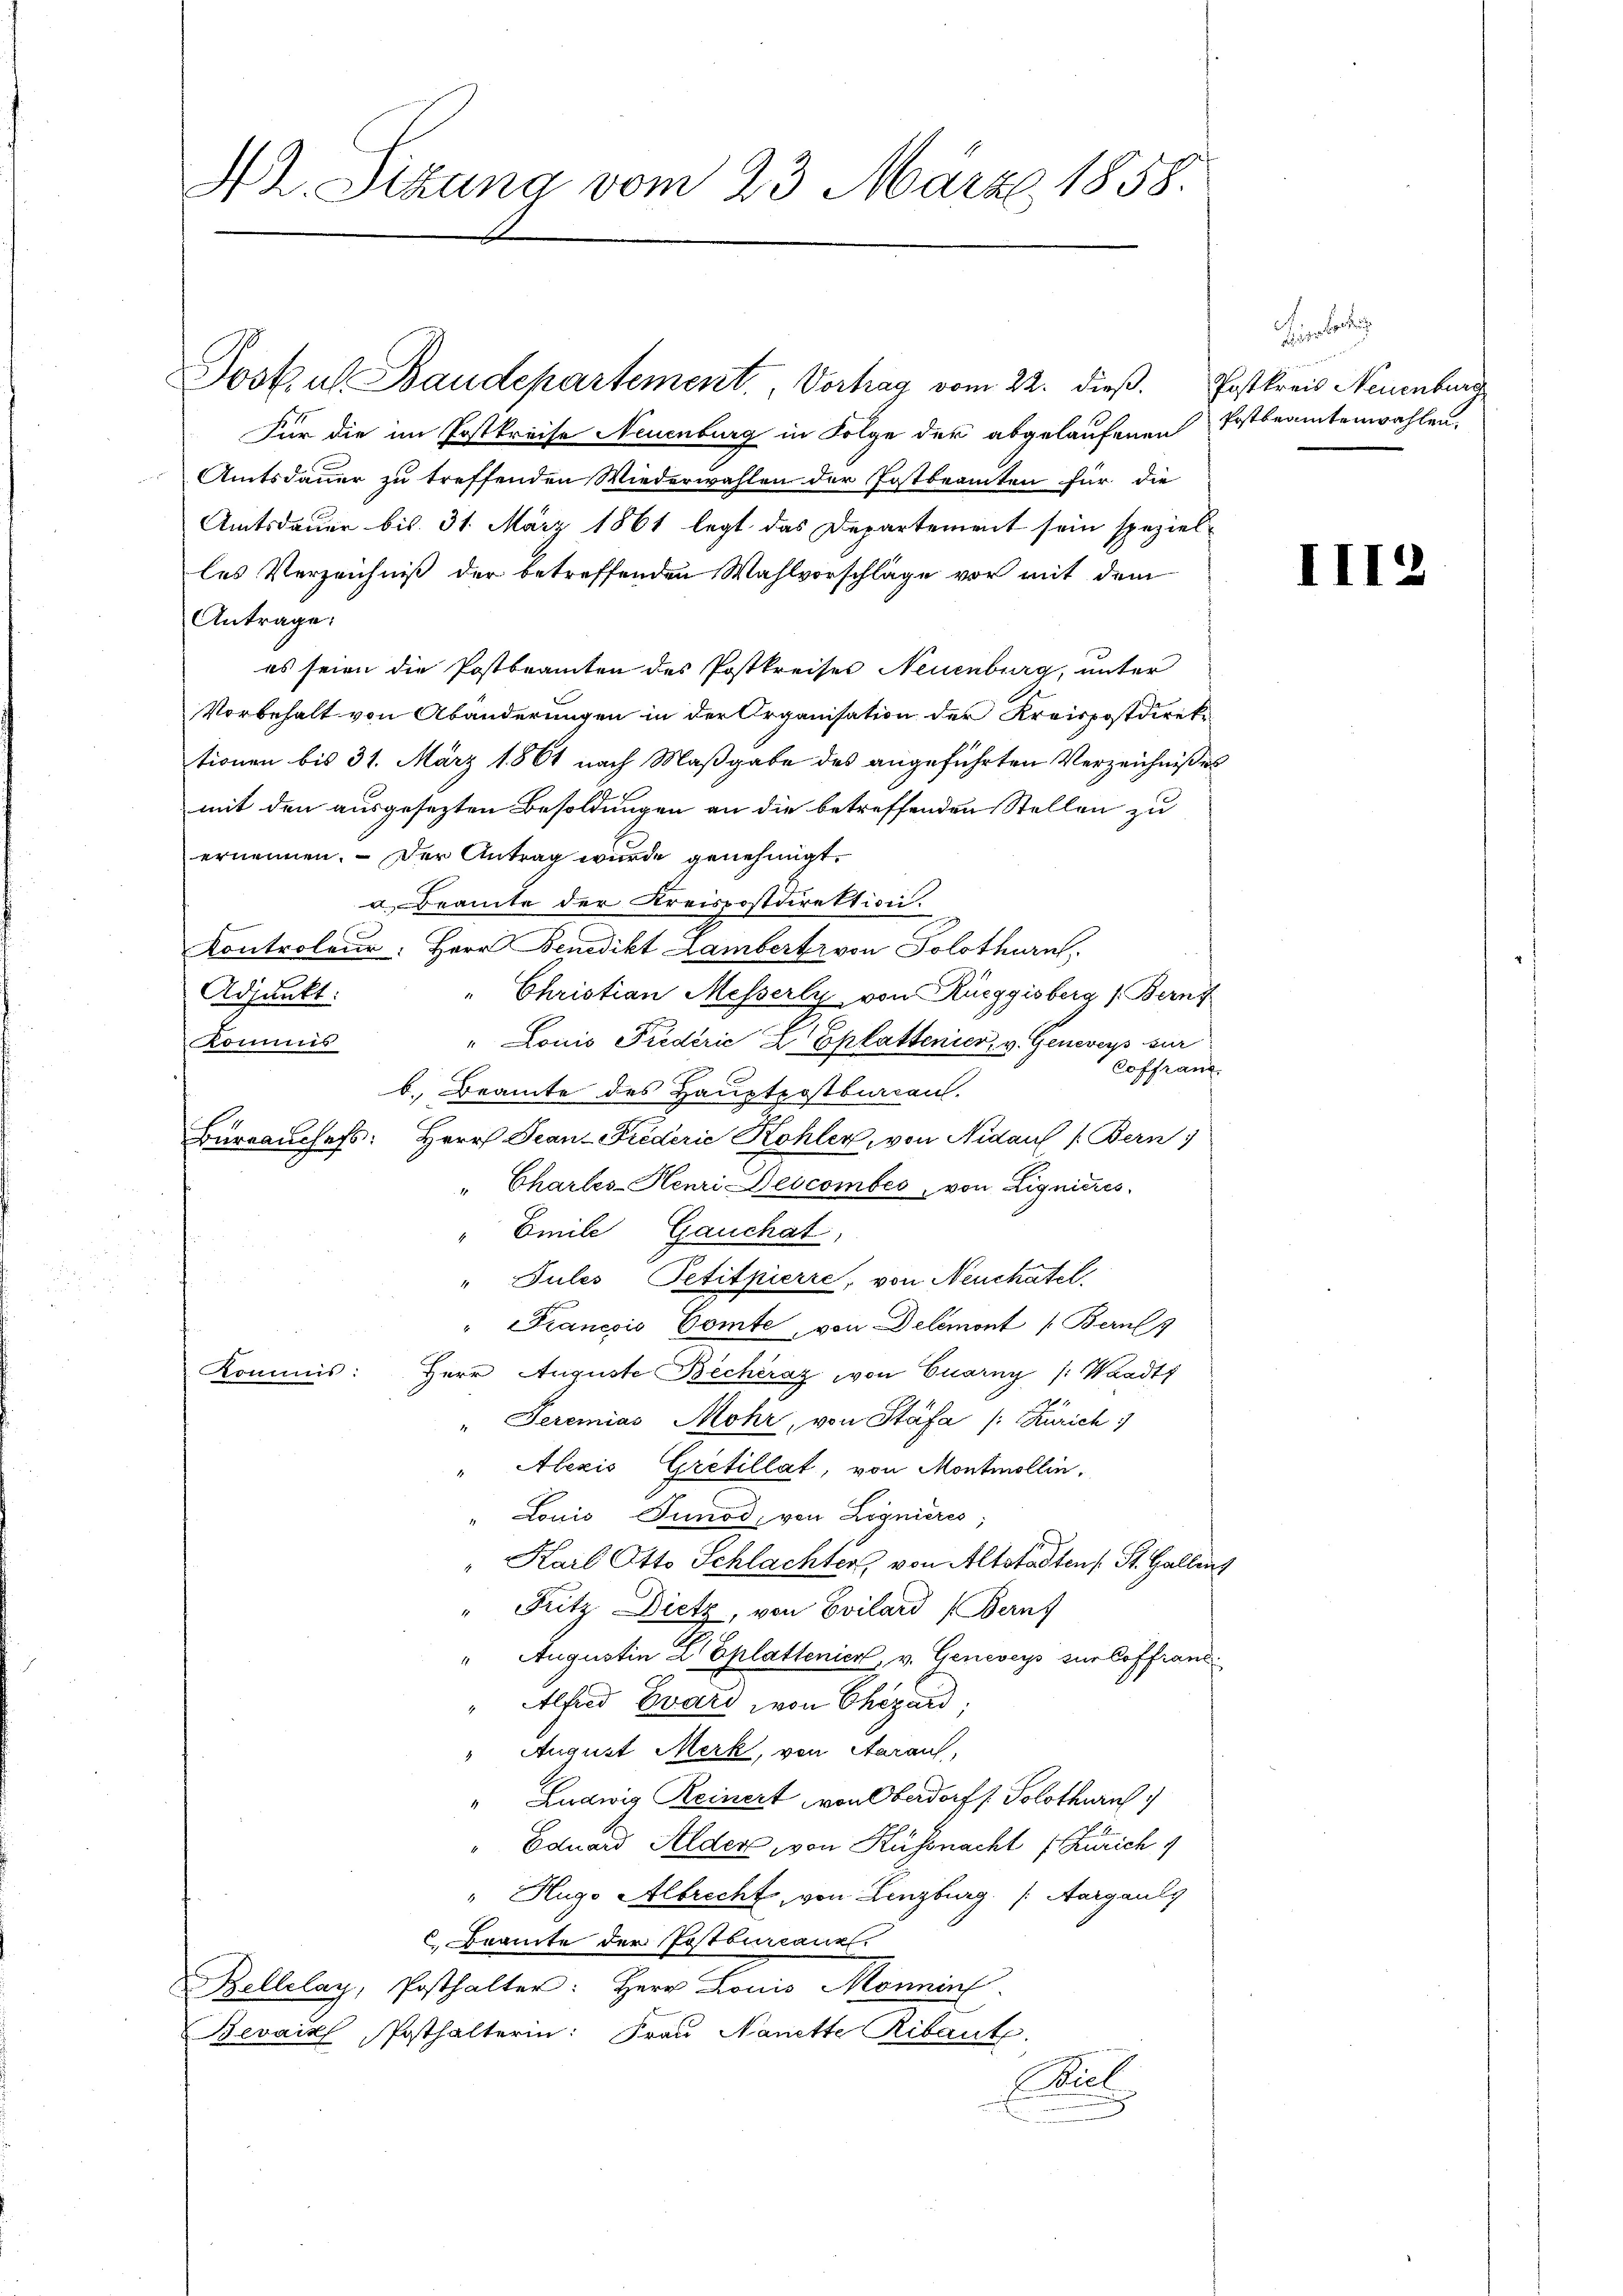
NZ. Sitzung vom 23. März 1858.

Postul Baudepartement, Vortrag vom 22. dieß. Postkreis Neuenburg
Für die im Postkreise Neuenburg in Folge der abgelaufenen Erstbeamtenwahlen.
Amtsdauer zu treffenden Wiederwählen der Postbeamten für die
Amtsdauer bis 31. März 1861 legt das Departement sein speziel-
les Verzeichniß der betreffenden Wahlvorschläge vor mit dem
Antrage:
es seien die Postbeamten des Postkreises Neuenburg, unter
Vorbehalt von Abänderungen in der Organisation der Kreispostdirek-
tionen bis 31. März 1861 nach Maßgabe des angeführten Verzeichnisses
mit den ausgesezten Besoldungen an die betreffenden Stellen zu
ernennen. Der Antrag wurde genehmigt.
a Bramte der Kreispostdirektion.
Kontroleur: Herr Benedikt Lambertr von Solothurn,
Adjunkt:
Christian Messerly, von Rüeggisberg (Bern f
" Louis Frederić Z Eplattenier v. Generey zur
Kommis
Coffranz.
b. Beamte des Hauptpostbarken.
Bürrauchefs: Herr Jean-Friederie Kohler, von Nidau (Bern
" Charles-Henri Descombés von Lignieres
" Emile Gauchat,
"Jules Petitpierre, von Neuchatel.
" Francois Comte, von Delémont /: Berns
Kommis: Herr Auguste Bechéraz, von Euerny /: Waadt
" Seremias Mohr, von Stäfa /: Zürich
" Alexis Grétillat, von Montmollin,
" Louis Tunod, von Lignieres
"Kail Otto Schlachter, von Altstädten St. Gallen,
" Fritz Dietz, von Evilard (Berns
" Augustin Dr Eplattenier, v. Geneveys zur Coffranz
" Alfred Evard von Chezard,
" August Merk, von Aarauf,
" Ludwig Reinert von Oberdorf (Solothurn
" Eduard Alders von Küssnacht (Zürich
" Hugo Albrecht, von Lenzburg. /: Aargaul
c. Beamte der Postbureauzt.
Bellelay, Posthalter: Herr Louis Monnin
Bevaiz, Posthalterin: Frau Nanette Ribaute.
Bib

iger Zürich

III2